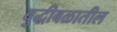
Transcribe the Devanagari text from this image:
बुद्धीबळातील